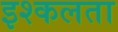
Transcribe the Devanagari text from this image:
इश्कलता